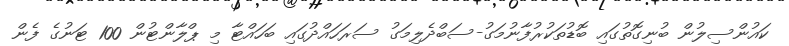
ކައުންސިލުން ބުނިގޮތުގައި ބޮޑުތަކުރުފާނުމަގު-ސަބްދެލިމަގު ސަރަހައްދުގައި ބަހައްޓާ މި ޕްލާންޓުން 100 ޓަނުގެ ފެން